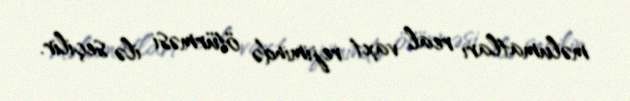
məlumatları real vaxt rejimində ötürməsi ilə seçilir.